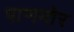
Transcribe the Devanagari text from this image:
पाणमोर